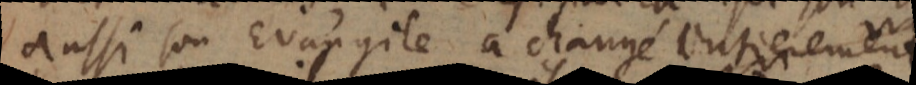
aussi son Evangile a changé entierement